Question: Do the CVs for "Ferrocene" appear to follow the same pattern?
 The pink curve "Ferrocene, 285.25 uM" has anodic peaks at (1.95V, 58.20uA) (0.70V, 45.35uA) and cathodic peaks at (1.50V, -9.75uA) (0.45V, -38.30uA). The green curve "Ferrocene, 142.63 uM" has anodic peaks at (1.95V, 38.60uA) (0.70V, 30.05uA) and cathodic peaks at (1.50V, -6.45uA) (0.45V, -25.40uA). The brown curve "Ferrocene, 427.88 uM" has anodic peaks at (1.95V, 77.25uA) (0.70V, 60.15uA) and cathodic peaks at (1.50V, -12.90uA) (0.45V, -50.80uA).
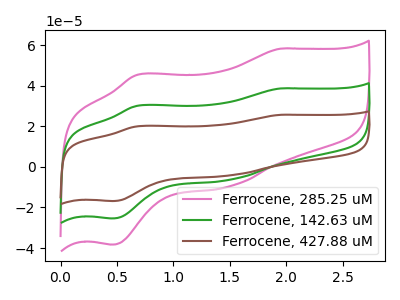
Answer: <think>All the peaks in "Ferrocene, 285.25 uM" have a peak in "Ferrocene, 142.63 uM" at the same potential. Every peak in "Ferrocene, 285.25 uM" is higher than every peak in "Ferrocene, 142.63 uM". All the peaks in "Ferrocene, 285.25 uM" have a peak in "Ferrocene, 427.88 uM" at the same potential. Every peak in "Ferrocene, 285.25 uM" is lower than every peak in "Ferrocene, 427.88 uM". All the peaks in "Ferrocene, 142.63 uM" have a peak in "Ferrocene, 427.88 uM" at the same potential. Every peak in "Ferrocene, 142.63 uM" is lower than every peak in "Ferrocene, 427.88 uM".
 </think>
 <answer>All the CV's of "Ferrocene" have similar shape.</answer>
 <eval>follow_rule</eval>